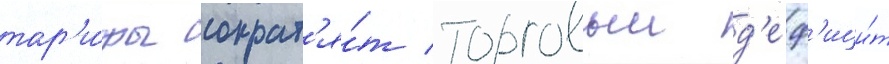
тар'и́фы сократ'я́т торговыи д'еф'ици́т